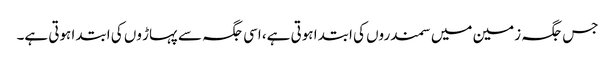
جس جگہ زمین میں سمندروں کی ابتدا ہوتی ہے، اسی جگہ سے پہاڑ وں کی ابتدا ہوتی ہے۔